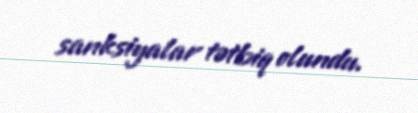
sanksiyalar tətbiq olundu.